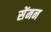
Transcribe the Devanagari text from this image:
सेंमन